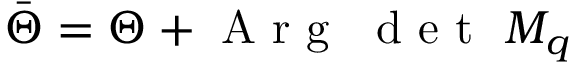
\bar { \Theta } = \Theta + \textup { A r g } \ \textup { d e t } \ M _ { q }